Annual report of the Central Committee of the Association together with the report of the directors of the Pasteur Institute at Kasauli
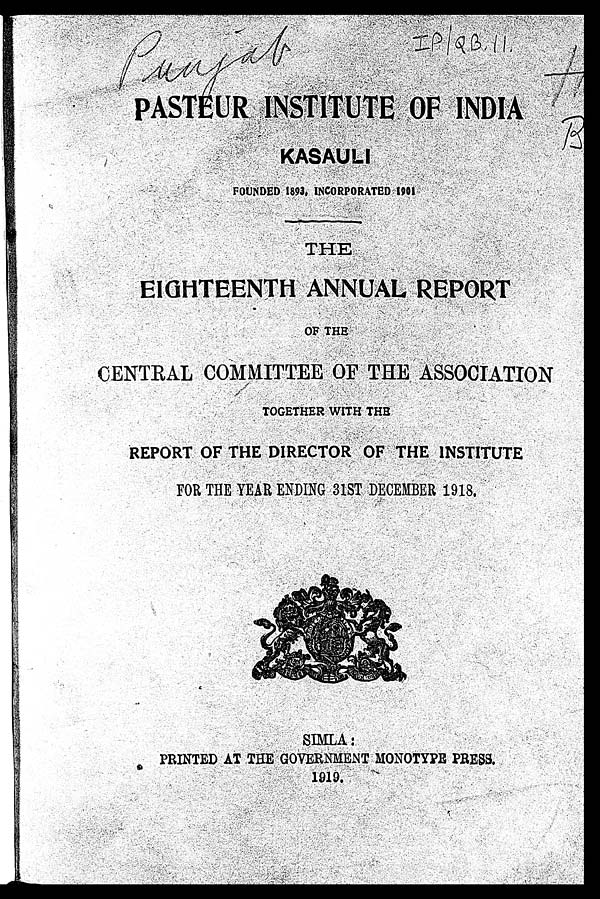
PASTEUR INSTITUTE OF INDIA
KASAULI
FOUNDED 1893, INCORPORATED 1901
THE EIGHTEENTH ANNUAL REPORT
OF THE
CENTRAL COMMITTEE OF THE ASSOCIATION
TOGETHER WITH THE
REPORT OF THE DIRECTOR OF THE INSTITUTE
FOR THE YEAR ENDING 31ST DECEMBER 1918.
SIMLA: PRINTED AT THE GOVERNMENT MONOTYPE PRESS.
1919.